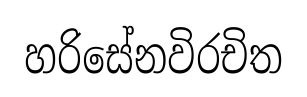
හරිසේනවිරචිත